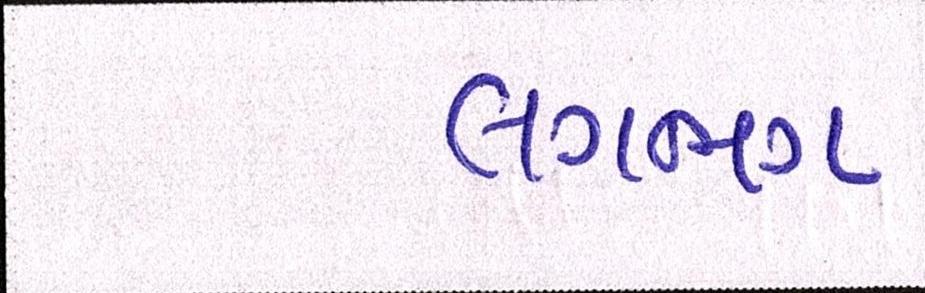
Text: લગભગ